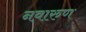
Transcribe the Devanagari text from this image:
नवारुण